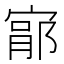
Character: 𫳦